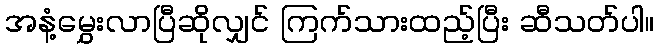
အနံ့မွှေးလာပြီဆိုလျှင် ကြက်သားထည့်ပြီး ဆီသတ်ပါ။